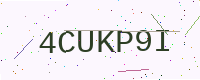
Text: 4CUKP9I